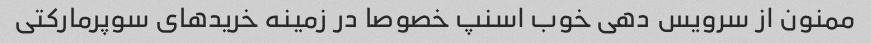
ممنون از سرویس دهی خوب اسنپ خصوصا در زمینه خرید‌های سوپرمارکتی